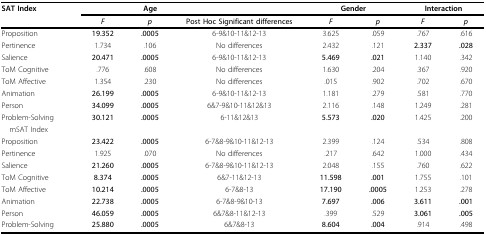
| SAT Index | <COLSPAN=3> Age | <COLSPAN=2> Gender | <COLSPAN=2> Interaction |
 |  | F | p | Post Hoc Significant differences | F | p | F | p |
 | --- | --- | --- | --- | --- | --- | --- | --- |
 | Proposition | 19.352 | .0005 | 6-9&10-11&12-13 | 3.625 | .059 | .767 | .616 |
 | Pertinence | 1.734 | .106 | No differences | 2.432 | .121 | 2.337 | .028 |
 | Salience | 20.471 | .0005 | 6-9&10-11&12-13 | 5.469 | .021 | 1.140 | .342 |
 | ToM Cognitive | .776 | .608 | No differences | 1.630 | .204 | .367 | .920 |
 | ToM Affective | 1.354 | .230 | No differences | .015 | .902 | .702 | .670 |
 | Animation | 26.199 | .0005 | 6-9&10-11&12-13 | 1.181 | .279 | .581 | .770 |
 | Person | 34.099 | .0005 | 6&7-9&10-11&12&13 | 2.116 | .148 | 1.249 | .281 |
 | Problem-Solving | 30.121 | .0005 | 6-11&12&13 | 5.573 | .020 | 1.425 | .200 |
 | mSAT Index |  |  |  |  |  |  |  |
 | Proposition | 23.422 | .0005 | 6-7&8-9&10-11&12-13 | 2.399 | .124 | .534 | .808 |
 | Pertinence | 1.925 | .070 | No differences | .217 | .642 | 1.000 | .434 |
 | Salience | 21.260 | .0005 | 6-7&8-9&10-11&12-13 | 2.048 | .155 | .760 | .622 |
 | ToM Cognitive | 8.374 | .0005 | 6&7-11&12-13 | 11.598 | .001 | 1.755 | .101 |
 | ToM Affective | 10.214 | .0005 | 6-7&8-13 | 17.190 | .0005 | 1.253 | .278 |
 | Animation | 22.738 | .0005 | 6-7&8-9&10-13 | 7.697 | .006 | 3.611 | .001 |
 | Person | 46.059 | .0005 | 6&7&8-11&12-13 | .399 | .529 | 3.061 | .005 |
 | Problem-Solving | 25.880 | .0005 | 6&7&8-13 | 8.604 | .004 | .914 | .498 |